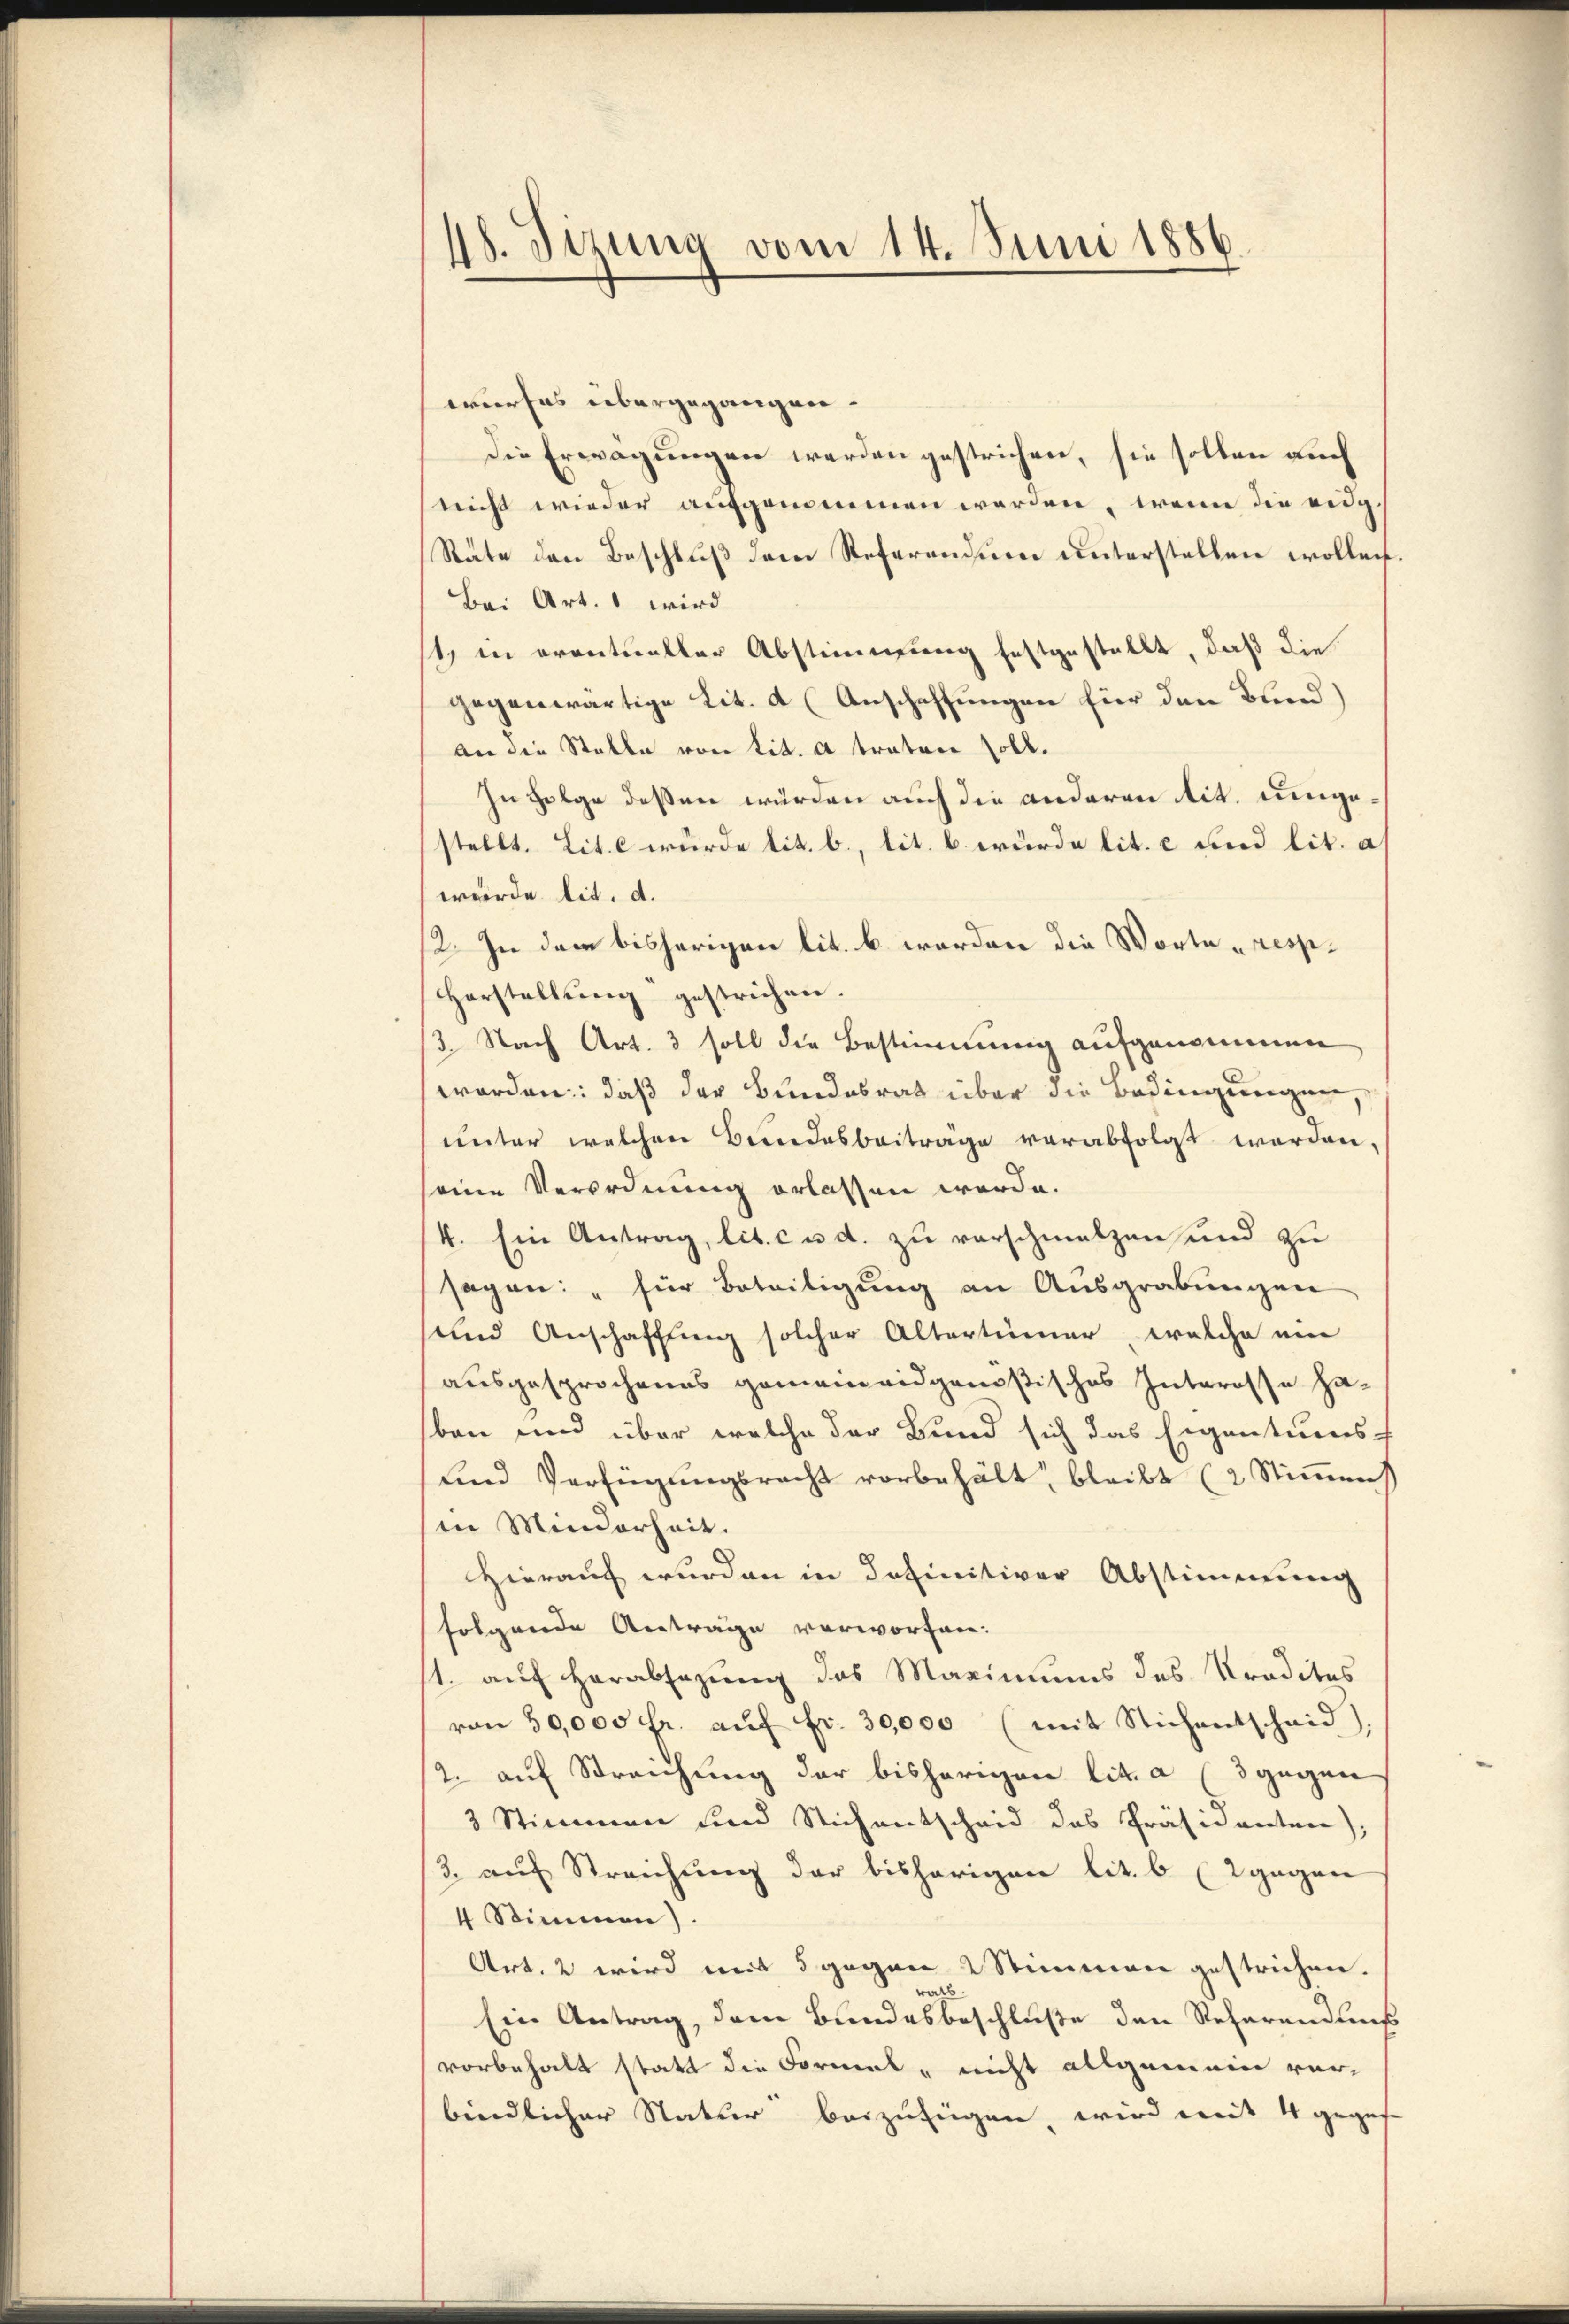
48. Sizung vom 14. Juni 1886.

wurfes übergegangen.
Die Erwägungen werden gestrichen, sie sollen auch
nicht wieder aufgenommen werden, wenn die eidg.
Räte den Beschluß dem Referendum unterstellen wollen.
Bei Art. 1 wird
st, in eventueller Abstimmung festgestellt, daß die
gegenwärtige Lit. a (Anschaffungen für den Bund)
an die Stalle von tit. a traten soll.
In Folge deßen würden auch die anderen tit. umgestellt. Lit. c wurde lit. b., lit. b. würde lit. c und lit. a
wurde lit. d.
12. In dem bisherigen lit. b. worden die Worte resp.
Horstellŭng gestrichen.
3. Nach Art. 3 soll die Bestimmung aufgenommen
worden: daß der Bundesrath über die Bedingungen,
unter welchen Bundesbeitrage verabfolgt worden,
seine Verordnung erlassen werde.
4. Ein Antrag, lit. c u. d. zu verschmalzen und zu
sagen: „für Beteiligung an Ausgrabungen
und Anschaffung solcher Altertümer, welche ei
ausgesprochenes gemeineidgenößisches Interesse haben und über welche der Bund sich das Eigentums-
ind Verfügŭngsrecht vorbehält, bleibt (2 Stiṁung
in Minderheit.
Hierauf wurden in Definitiver Abstimmung
folgende Antrage verworfen.
1. auch herabsezung das Mariniums des Kredites
von 50,000 fr. aŭf fr. 30,000 (mit Sichentscheid),
2. auf Streichung der bisherigen lit. a (3 gegen
3 Stimmen und Stichentscheid das Präsidenten),
3. auf Streichung der bisherigen lit. b (gegen
4 Stimmen)
Art. 2 wird mit 5 gegen 2 Stimmen gestrichen.
roch
Ein Antrag, dem Bundesbeschluße den Referandtniß
vorbehalt statt die Formel- nicht allgemein ver-
bindlicher Natur beizufügen, wird mit 4 gegen